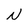
Character: N